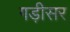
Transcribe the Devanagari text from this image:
गड़ीसर